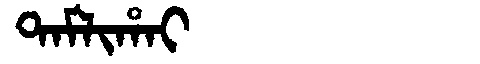
Manchu: ᡨᠠᠮᠯᡳᡥᠠᡳ
Romanization: TAMLIHAI